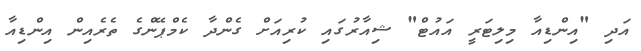
އަދި "އިންޑިއާ މިލިޓަރީ އައުޓް" ޝިއާރުގައި ކުރިއަށް ގެންދާ ކެމްޕޭންގެ ތެރެއިން އިންޑިއާ